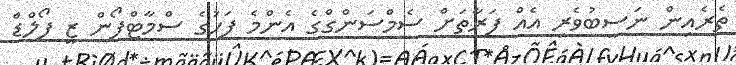
ތެރެއިން ނަސީބުވެރި އެއް ފަރާތަަށް ސެމްސަންގްގެ އެންމެ ފަހުގެ ސްމާޓްފޯން ޒީ ފޯލްޑް